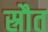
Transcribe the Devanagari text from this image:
स्रौत